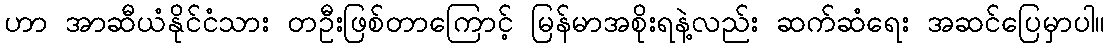
ဟာ အာဆီယံနိုင်ငံသား တဦးဖြစ်တာကြောင့် မြန်မာအစိုးရနဲ့လည်း ဆက်ဆံရေး အဆင်ပြေမှာပါ။